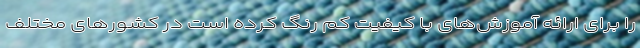
را برای ارائه آموزش‌های با کیفیت کم رنگ کرده است در کشورهای مختلف